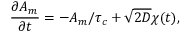
\frac { \partial A _ { m } } { \partial t } = - A _ { m } / \tau _ { c } + \sqrt { 2 D } \chi ( t ) ,